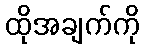
ထိုအချက်ကို